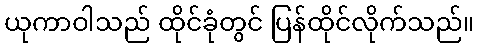
ယုကာဝါသည် ထိုင်ခုံတွင် ပြန်ထိုင်လိုက်သည်။